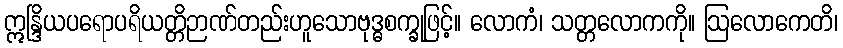
ဣန္ဒြိယပရောပရိယတ္တိဉာဏ်တည်းဟူသောဗုဒ္ဓစက္ခုဖြင့်။ လောကံ၊ သတ္တလောကကို။ ဩလောကေတိ၊